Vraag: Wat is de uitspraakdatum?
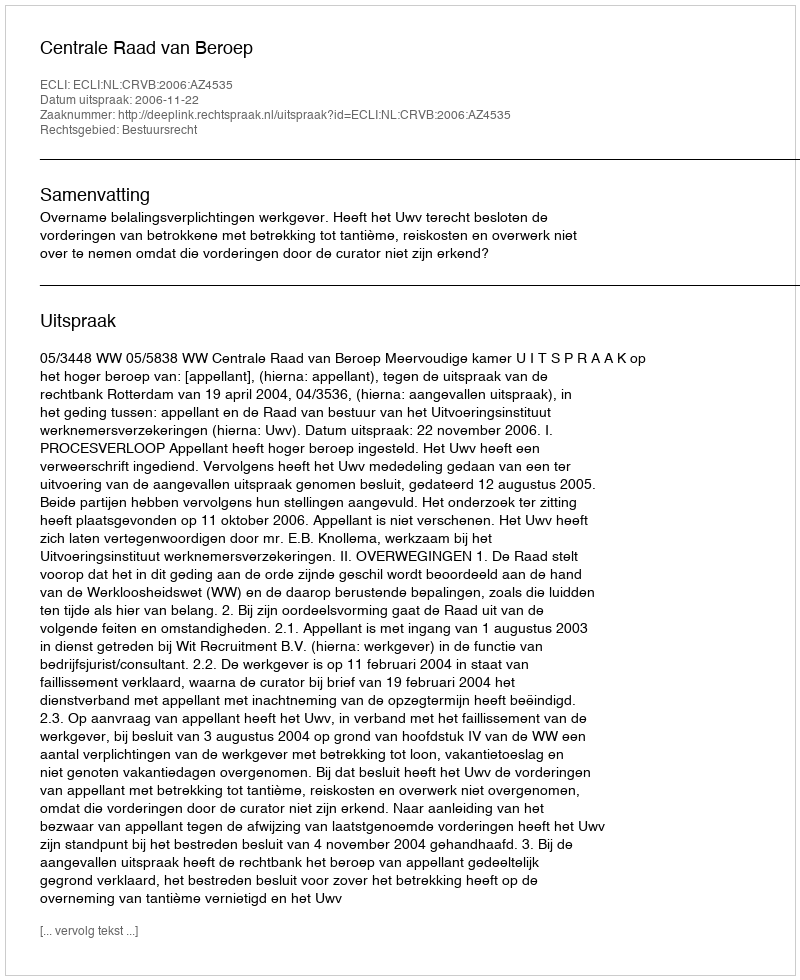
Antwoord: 2006-11-22